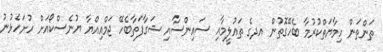
ތަންތަން ހިމާޔަތްކުރުމާ ބެހޭގޮތުން އދގެ ތައުލީމާއި ސައިންސާއި ޝަގާފަތާބެހޭ ޖަމްއިއްޔާ ޔުނެސްކޯއަށް ހުށަހެޅުނު